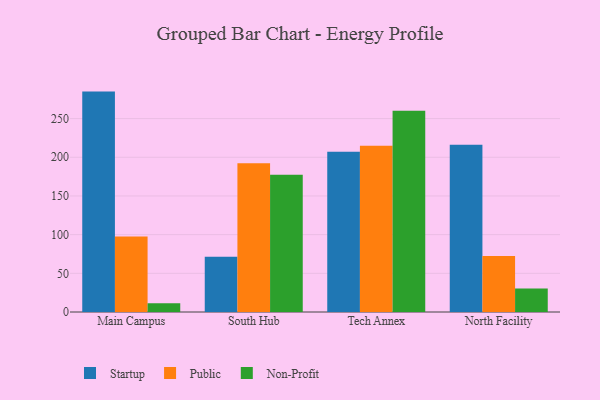
{"axis": {"x": "Campus", "y": "Active Users"}, "legend": ["Non-Profit", "Public", "Startup"], "data": [{"x": "Main Campus", "y": 284.9, "type": "Startup"}, {"x": "Main Campus", "y": 97.7, "type": "Public"}, {"x": "Main Campus", "y": 11.4, "type": "Non-Profit"}, {"x": "South Hub", "y": 71.4, "type": "Startup"}, {"x": "South Hub", "y": 192.3, "type": "Public"}, {"x": "South Hub", "y": 177.5, "type": "Non-Profit"}, {"x": "Tech Annex", "y": 207.1, "type": "Startup"}, {"x": "Tech Annex", "y": 215.0, "type": "Public"}, {"x": "Tech Annex", "y": 260.2, "type": "Non-Profit"}, {"x": "North Facility", "y": 216.3, "type": "Startup"}, {"x": "North Facility", "y": 72.3, "type": "Public"}, {"x": "North Facility", "y": 30.5, "type": "Non-Profit"}]}